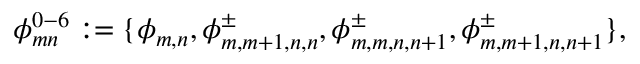
\phi _ { m n } ^ { 0 - 6 } : = \{ \phi _ { m , n } , \phi _ { m , m + 1 , n , n } ^ { \pm } , \phi _ { m , m , n , n + 1 } ^ { \pm } , \phi _ { m , m + 1 , n , n + 1 } ^ { \pm } \} ,